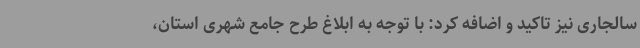
سالجاری نیز تاکید و اضافه کرد: با توجه به ابلاغ طرح جامع شهری استان،